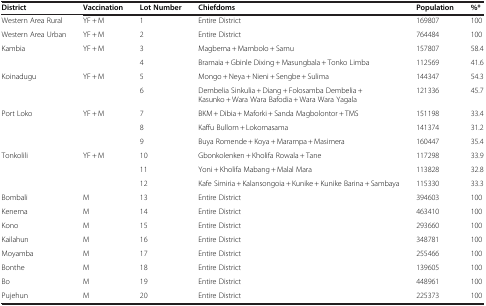
<table><thead><tr><td><b>District</b></td><td><b>Vaccination</b></td><td><b>Lot Number</b></td><td><b>Chiefdoms</b></td><td><b>Population</b></td><td><b>%*</b></td></tr></thead><tbody><tr><td>Western Area Rural</td><td>YF + M</td><td>1</td><td>Entire District</td><td>169807</td><td>100</td></tr><tr><td>Western Area Urban</td><td>YF + M</td><td>2</td><td>Entire District</td><td>764484</td><td>100</td></tr><tr><td rowspan="2">Kambia</td><td rowspan="2">YF + M</td><td>3</td><td>Magbema + Mambolo + Samu</td><td>157807</td><td>58.4</td></tr><tr><td>4</td><td>Bramaia + Gbinle Dixing + Masungbala + Tonko Limba</td><td>112569</td><td>41.6</td></tr><tr><td rowspan="2">Koinadugu</td><td rowspan="2">YF + M</td><td>5</td><td>Mongo + Neya + Nieni + Sengbe + Sulima</td><td>144347</td><td>54.3</td></tr><tr><td>6</td><td>Dembelia Sinkulia + Diang + Folosamba Dembelia + Kasunko + Wara Wara Bafodia + Wara Wara Yagala</td><td>121336</td><td>45.7</td></tr><tr><td rowspan="3">Port Loko</td><td rowspan="3">YF + M</td><td>7</td><td>BKM + Dibia + Maforki + Sanda Magbolontor + TMS</td><td>151198</td><td>33.4</td></tr><tr><td>8</td><td>Kaffu Bullom + Lokomasama</td><td>141374</td><td>31.2</td></tr><tr><td>9</td><td>Buya Romende + Koya + Marampa + Masimera</td><td>160447</td><td>35.4</td></tr><tr><td rowspan="3">Tonkolili</td><td rowspan="3">YF + M</td><td>10</td><td>Gbonkolenken + Kholifa Rowala + Tane</td><td>117298</td><td>33.9</td></tr><tr><td>11</td><td>Yoni + Kholifa Mabang + Malal Mara</td><td>113828</td><td>32.8</td></tr><tr><td>12</td><td>Kafe Simiria + Kalansongoia + Kunike + Kunike Barina + Sambaya</td><td>115330</td><td>33.3</td></tr><tr><td>Bombali</td><td>M</td><td>13</td><td>Entire District</td><td>394603</td><td>100</td></tr><tr><td>Kenema</td><td>M</td><td>14</td><td>Entire District</td><td>463410</td><td>100</td></tr><tr><td>Kono</td><td>M</td><td>15</td><td>Entire District</td><td>293660</td><td>100</td></tr><tr><td>Kailahun</td><td>M</td><td>16</td><td>Entire District</td><td>348781</td><td>100</td></tr><tr><td>Moyamba</td><td>M</td><td>17</td><td>Entire District</td><td>255466</td><td>100</td></tr><tr><td>Bonthe</td><td>M</td><td>18</td><td>Entire District</td><td>139605</td><td>100</td></tr><tr><td>Bo</td><td>M</td><td>19</td><td>Entire District</td><td>448961</td><td>100</td></tr><tr><td>Pujehun</td><td>M</td><td>20</td><td>Entire District</td><td>225373</td><td>100</td></tr></tbody></table>